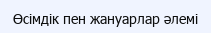
Өсімдік пен жануарлар әлемі